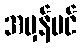
အမှန်ပင်